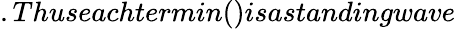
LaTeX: .Thuseachtermin()isastandingwave